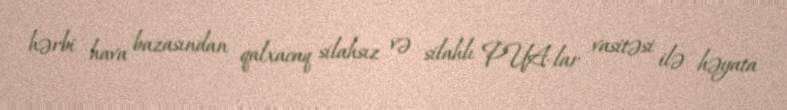
hərbi hava bazasından qalxacaq silahsız və silahlı PUA-lar vasitəsi ilə həyata